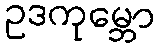
ဥဒကုမ္ဘော